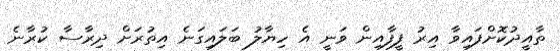
ތާއީދުކޮށްފައިވާ އިރު ފީފާއިން ވަނީ އެ ހިޔާލު ބަލައިގަނެ އިތުރަށް ދިރާސާ ކުރާނެ